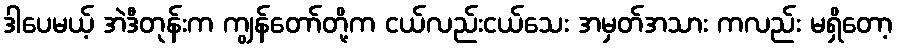
ဒါပေမယ့် အဲဒီတုန်းက ကျွန်တော်တို့က ငယ်လည်းငယ်သေး အမှတ်အသား ကလည်း မရှိတော့